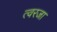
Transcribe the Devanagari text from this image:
त्वरजा